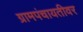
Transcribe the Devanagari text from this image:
ग्रामपंचायतीवर